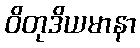
ဝိတုဒိယမာနာ